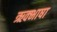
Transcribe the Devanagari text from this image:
ऋक्भाषा